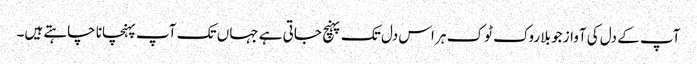
آپ کے دل کی آواز جو بلا روک ٹوک ہر اس دل تک پہنچ جاتی ہے جہاں تک آپ پہنچانا چاہتے ہیں۔